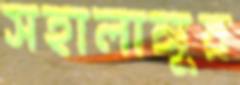
সহালাঙ্গুর